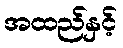
အထည်နှင့်